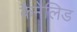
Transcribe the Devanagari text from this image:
कैमेलिड